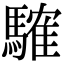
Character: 䮤